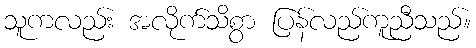
သူကလည်း အလိုက်သိစွာ ပြန်လည်ကူညီသည်။